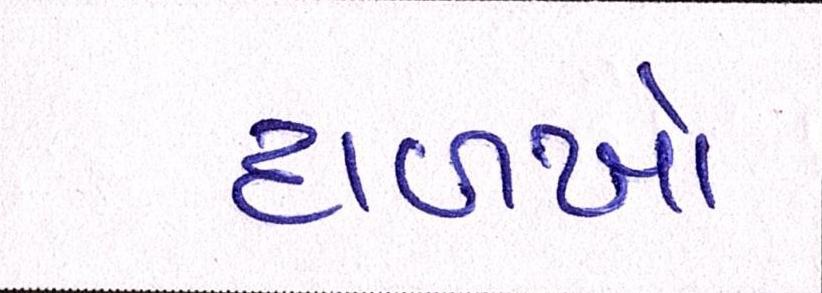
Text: દાળખો